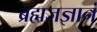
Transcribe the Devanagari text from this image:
ब्रह्मजज्ञानं